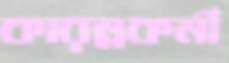
কারম্নকর্মী